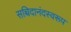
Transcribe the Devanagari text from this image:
सच्चिदानंदस्वरूप